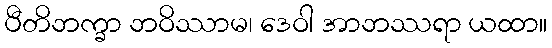
ပီတိဘက္ခာ ဘဝိဿာမ၊ ဒေဝါ အာဘဿရာ ယထာ။